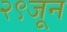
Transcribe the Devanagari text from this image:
२९जून